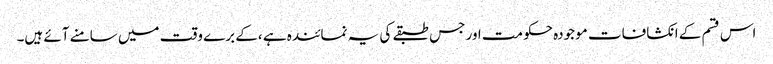
اس قسم کے انکشافات موجودہ حکومت اور جس طبقے کی یہ نمائندہ ہے ،کے برے وقت میں سامنے آئے ہیں۔